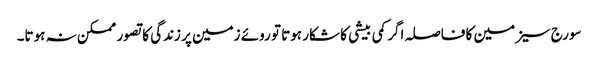
سورج سیزمین کا فاصلہ اگر کمی بیشی کا شکار ہوتا تو روئے زمین پر زندگی کا تصور ممکن نہ ہوتا۔